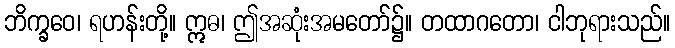
ဘိက္ခဝေ၊ ရဟန်းတို့။ ဣဓ၊ ဤအဆုံးအမတော်၌။ တထာဂတော၊ ငါဘုရားသည်။